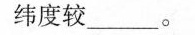
纬度较______。